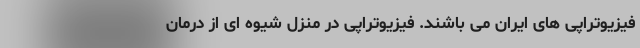
فیزیوتراپی های ایران می باشند. فیزیوتراپی در منزل شیوه ای از درمان